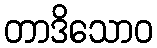
တာဒိသောဝ